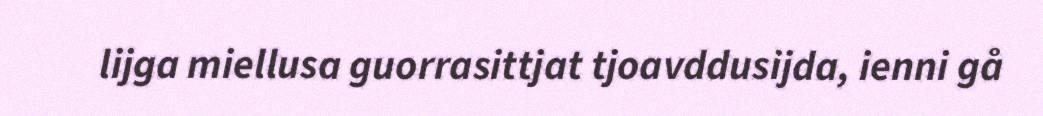
lijga miellusa guorrasittjat tjoavddusijda, ienni gå